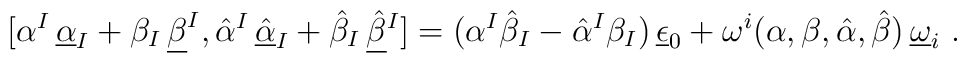
[\alpha ^I\,\underline{\alpha}_I+\beta _I\,\underline{\beta}^I,\hat \alpha ^I\,\underline{\hat\alpha}_I+\hat \beta _I\,\underline{\hat\beta}{}^I]=(\alpha ^I\hat \beta _I -\hat \alpha ^I\beta _I)\,\underline{\epsilon}_0 +\omega^i(\alpha,\beta,\hat\alpha,\hat\beta)\, \underline{\omega}_i\ .